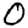
Digit: 0